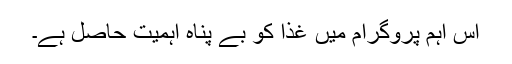
اس اہم پروگرام میں غذا کو بے پناہ اہمیت حاصل ہے۔